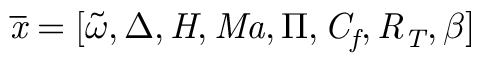
\mathit { \overline { { x } } } = [ \widetilde { \omega } , \Delta , \mathit { H } , \mathit { M a } , \Pi , \mathit { C _ { f } } , \mathit { R _ { T } } , \beta ]